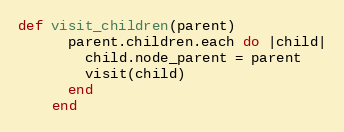
Language: Ruby
def visit_children(parent)
      parent.children.each do |child|
        child.node_parent = parent
        visit(child)
      end
    end